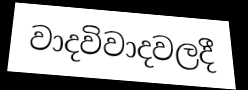
වාදවිවාදවලදී